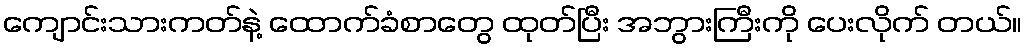
ကျောင်းသားကတ်နဲ့ ထောက်ခံစာတွေ ထုတ်ပြီး အဘွားကြီးကို ပေးလိုက် တယ်။